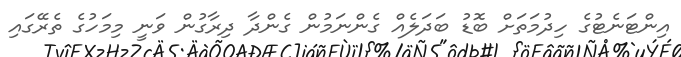
އިންޓަނެޓުގެ ހިދުމަތަށް ބޮޑު ބަދަލެއް ގެންނަމުން ގެންދާ ދިރާގުން ވަނީ މިމަހުގެ ތެރޭގައި